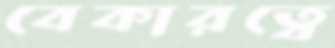
বেকারত্বে